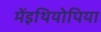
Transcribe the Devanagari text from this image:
मेंइथियोपिया